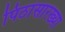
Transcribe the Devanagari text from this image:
पिठांसारख्या